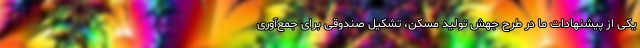
یکی از پیشنهادات ما در طرح جهش تولید مسکن، تشکیل صندوقی برای جمع‌آوری